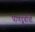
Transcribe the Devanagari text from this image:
पाणडूबीची